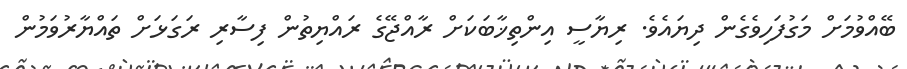
ބޭއްވުމަށް މަގުފަހިވެގެން ދިޔައެވެ. ރިޔާސީ އިންތިޚާބަކަށް ރާއްޖޭގެ ރައްޔިތުން ފިސާރި ރަގަޅަށް ތައްޔާރުވަމުން